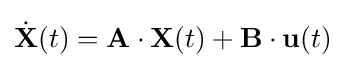
{\dot {\mathbf {X} }}(t)=\mathbf {A} \cdot \mathbf {X} (t)+\mathbf {B} \cdot \mathbf {u} (t)